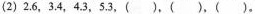
(2)2.6，3.4，4.3，5.3，()，()，()。